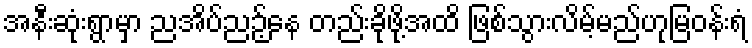
အနီးဆုံးရွာမှာ ညအိပ်ညဉ့်နေ တည်းခိုဖို့အထိ ဖြစ်သွားလိမ့်မည်ဟုမြဝန်းရံ